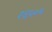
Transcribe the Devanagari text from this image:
१६५०५